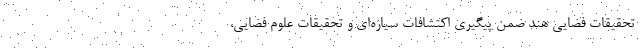
تحقیقات فضایی هند ضمن پیگیری اکتشافات سیاره‌ای و تحقیقات علوم فضایی،